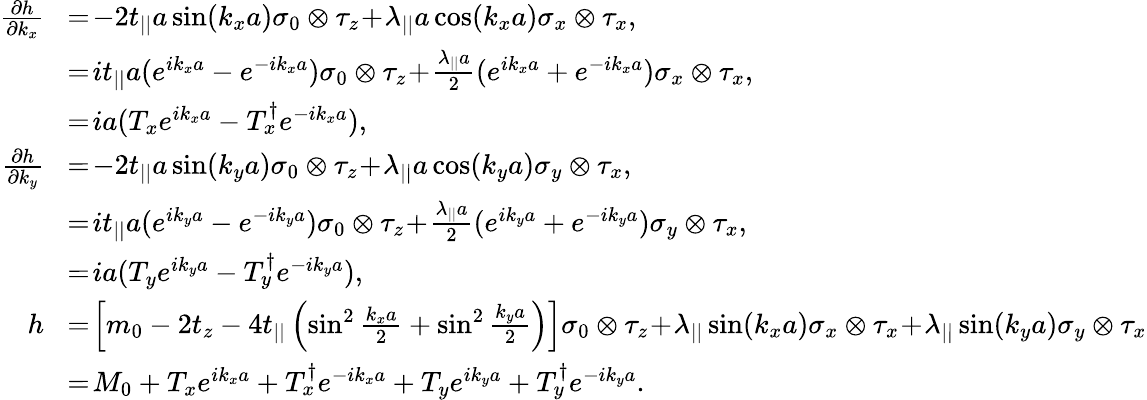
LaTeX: \begin{array}{rl}{\frac{\partial h}{\partial k_{x}}}&{\! =\! -2t_{||}a\sin(k_{x}a)\sigma_{0}\otimes\tau_{z}\! +\! \lambda_{||}a\cos(k_{x}a)\sigma_{x}\otimes\tau_{x},}\\ &{\! =\! it_{||}a(e^{ik_{x}a}-e^{-ik_{x}a})\sigma_{0}\otimes\tau_{z}\! +\! \frac{\lambda_{||}a}{2}(e^{ik_{x}a}+e^{-ik_{x}a})\sigma_{x}\otimes\tau_{x},}\\ &{\! =\! ia(T_{x}e^{ik_{x}a}-T_{x}^{\dagger}e^{-ik_{x}a}),}\\ {\frac{\partial h}{\partial k_{y}}}&{\! =\! -2t_{||}a\sin(k_{y}a)\sigma_{0}\otimes\tau_{z}\! +\! \lambda_{||}a\cos(k_{y}a)\sigma_{y}\otimes\tau_{x},}\\ &{\! =\! it_{||}a(e^{ik_{y}a}-e^{-ik_{y}a})\sigma_{0}\otimes\tau_{z}\! +\! \frac{\lambda_{||}a}{2}(e^{ik_{y}a}+e^{-ik_{y}a})\sigma_{y}\otimes\tau_{x},}\\ &{\! =\! ia(T_{y}e^{ik_{y}a}-T_{y}^{\dagger}e^{-ik_{y}a}),}\\ {h}&{\! =\! \left[m_{0}-2t_{z}-4t_{||}\left(\sin^{2}\frac{k_{x}a}{2}+\sin^{2}\frac{k_{y}a}{2}\right)\right]\sigma_{0}\otimes\tau_{z}\! +\! \lambda_{||}\sin(k_{x}a)\sigma_{x}\otimes\tau_{x}\! +\! \lambda_{||}\sin(k_{y}a)\sigma_{y}\otimes\tau_{x}}\\ &{\! =\! M_{0}+T_{x}e^{ik_{x}a}+T_{x}^{\dagger}e^{-ik_{x}a}+T_{y}e^{ik_{y}a}+T_{y}^{\dagger}e^{-ik_{y}a}.}\end{array}